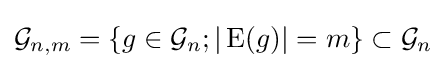
{\mathcal {G}}_{n,m}=\{g\in {\mathcal {G}}_{n};|\operatorname {E} (g)|=m\}\subset {\mathcal {G}}_{n}